Civil Veterinary Dept. North-West Frontier Province 1923-32 - 1923-1932
Year: 1923
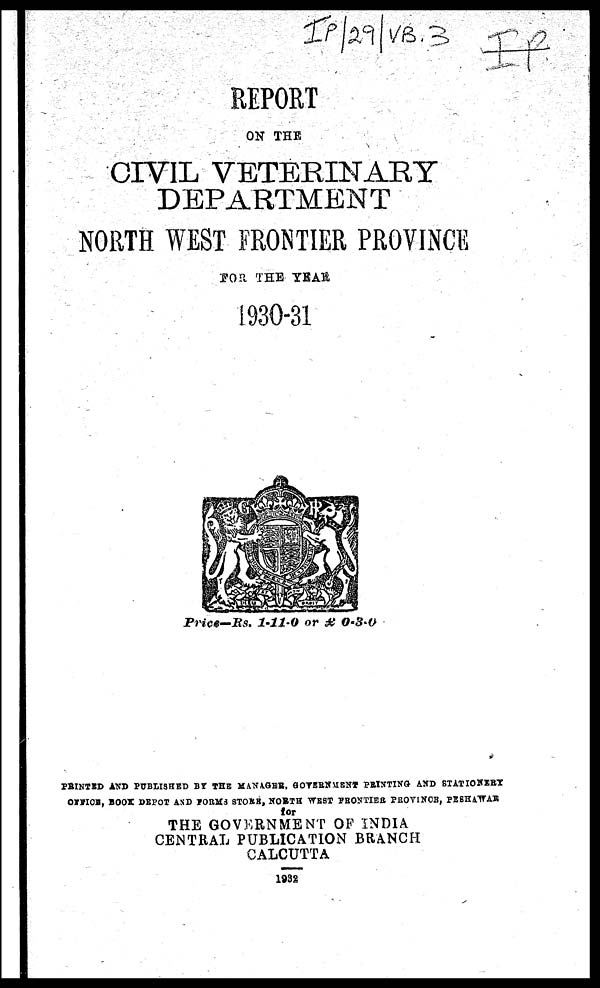
REPORT
ON THE
CIVIL VETERINARY
DEPARTMENT
NORTH WEST FRONTIER PROVINCE
FOR THE YEAR
1930-31
Price—Rs. 1-11-0 or £ 0-3-0
PRINTED AND PUBLISHED BY THE MANAGER, GOVERNMENT PRINTING AND STATIONERY
OFFICE, BOOK DEPOT AND FORMS STORE, NORTH WEST FRONTIER, PROVINCE, PESHAWAR
for
THE GOVERNMENT OF INDIA.
CENTRAL PUBLICATION BRANCH
CALCUTTA
1932